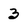
Character: 3